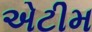
એટીમ